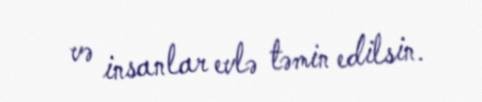
və insanlar evlə təmin edilsin.